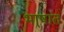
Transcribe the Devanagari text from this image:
भा्षांत